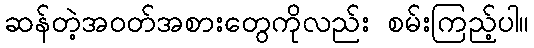
ဆန်တဲ့အဝတ်အစားတွေကိုလည်း စမ်းကြည့်ပါ။